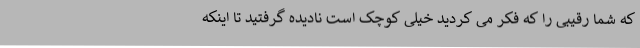
که شما رقیبی را که فکر می کردید خیلی کوچک است نادیده گرفتید تا اینکه